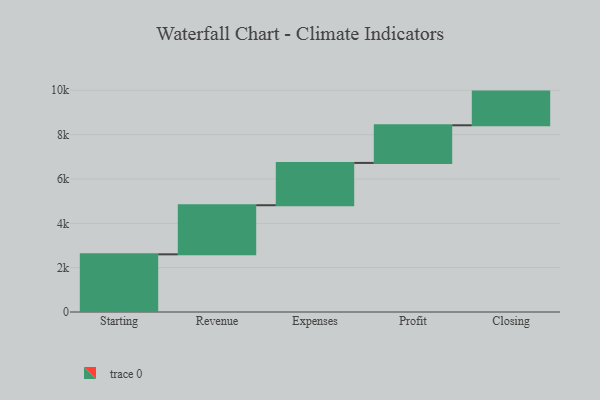
{"axis": {"x": "Step", "y": "Value"}, "legend": [""], "data": [{"x": "Starting", "y": 2600.0, "type": ""}, {"x": "Revenue", "y": 2215.0, "type": ""}, {"x": "Expenses", "y": 1908.0, "type": ""}, {"x": "Profit", "y": 1697.0, "type": ""}, {"x": "Closing", "y": 1519.0, "type": ""}]}